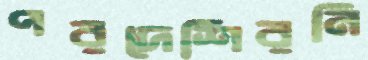
পরদেশিরনি